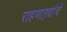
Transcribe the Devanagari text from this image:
राहणाऱ्यांचे